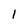
Character: 1